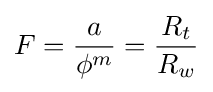
F={\frac {a}{\phi ^{m}}}={\frac {R_{t}}{R_{w}}}